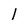
Character: I